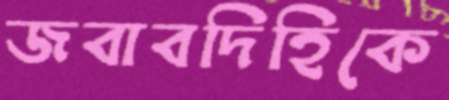
জবাবদিহিকে